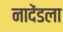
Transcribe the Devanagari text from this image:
नादेंडला